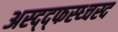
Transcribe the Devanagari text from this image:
अस्द्द्फस्ध्चस्द